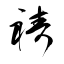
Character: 祷